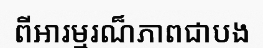
ពីអារម្មរណ៏ភាពជាបង